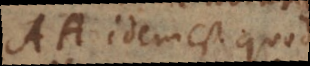
AA idem est quod